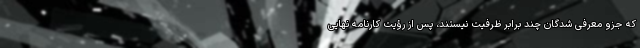
که جزو معرفی شدگان چند برابر ظرفیت نیستند، پس از رؤیت کارنامه نهایی